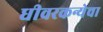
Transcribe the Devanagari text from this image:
धीवरकन्येचा